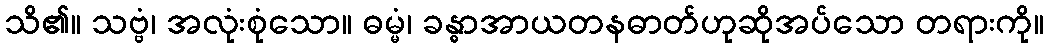
သိ၏။ သဗ္ဗံ၊ အလုံးစုံသော။ ဓမ္မံ၊ ခန္ဓာအာယတနဓာတ်ဟုဆိုအပ်သော တရားကို။